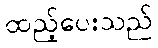
ထည့်ပေးသည်